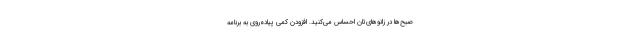
صبح‌ها در زانوهای‌تان احساس می‌کنید. افزودن کمی پیاده‌روی به برنامه